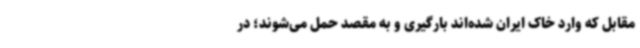
مقابل که وارد خاک ایران شده‌اند بارگیری و به مقصد حمل می‌شوند؛ در